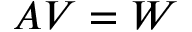
A V = W